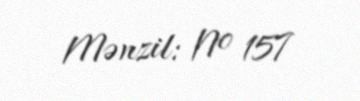
Mənzil: № 157